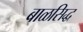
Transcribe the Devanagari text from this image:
बाळसिद्ध